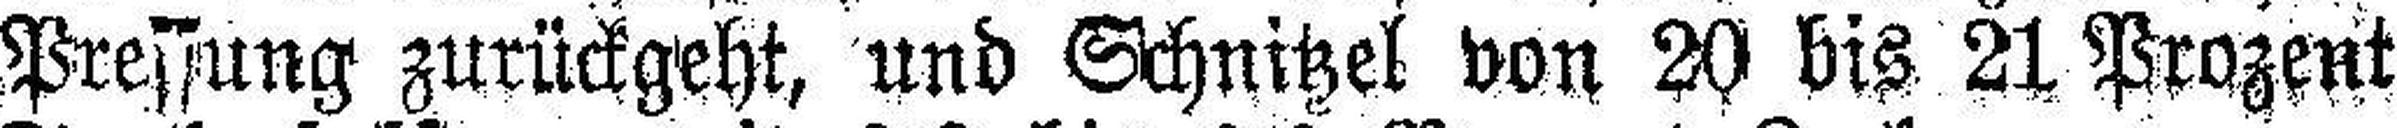
Pressung zurückgeht, und Schnitzel von 20 bis 21 Prozent